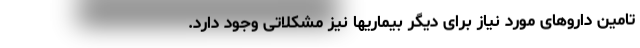
تامین داروهای مورد نیاز برای دیگر بیماریها نیز مشکلاتی وجود دارد.